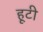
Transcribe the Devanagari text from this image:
हूटी